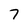
Character: 7